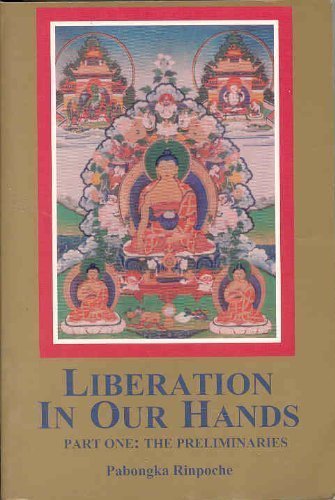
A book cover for Liberation in Our Hands: A Series of Oral Discourses, Part 1: The Preliminaries; Pabongka Rinpoche; Religion & Spirituality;